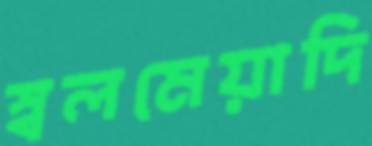
স্বলমেয়াদি